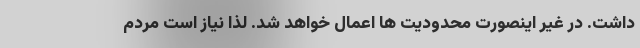
داشت. در غیر اینصورت محدودیت ها اعمال خواهد شد. لذا نیاز است مردم